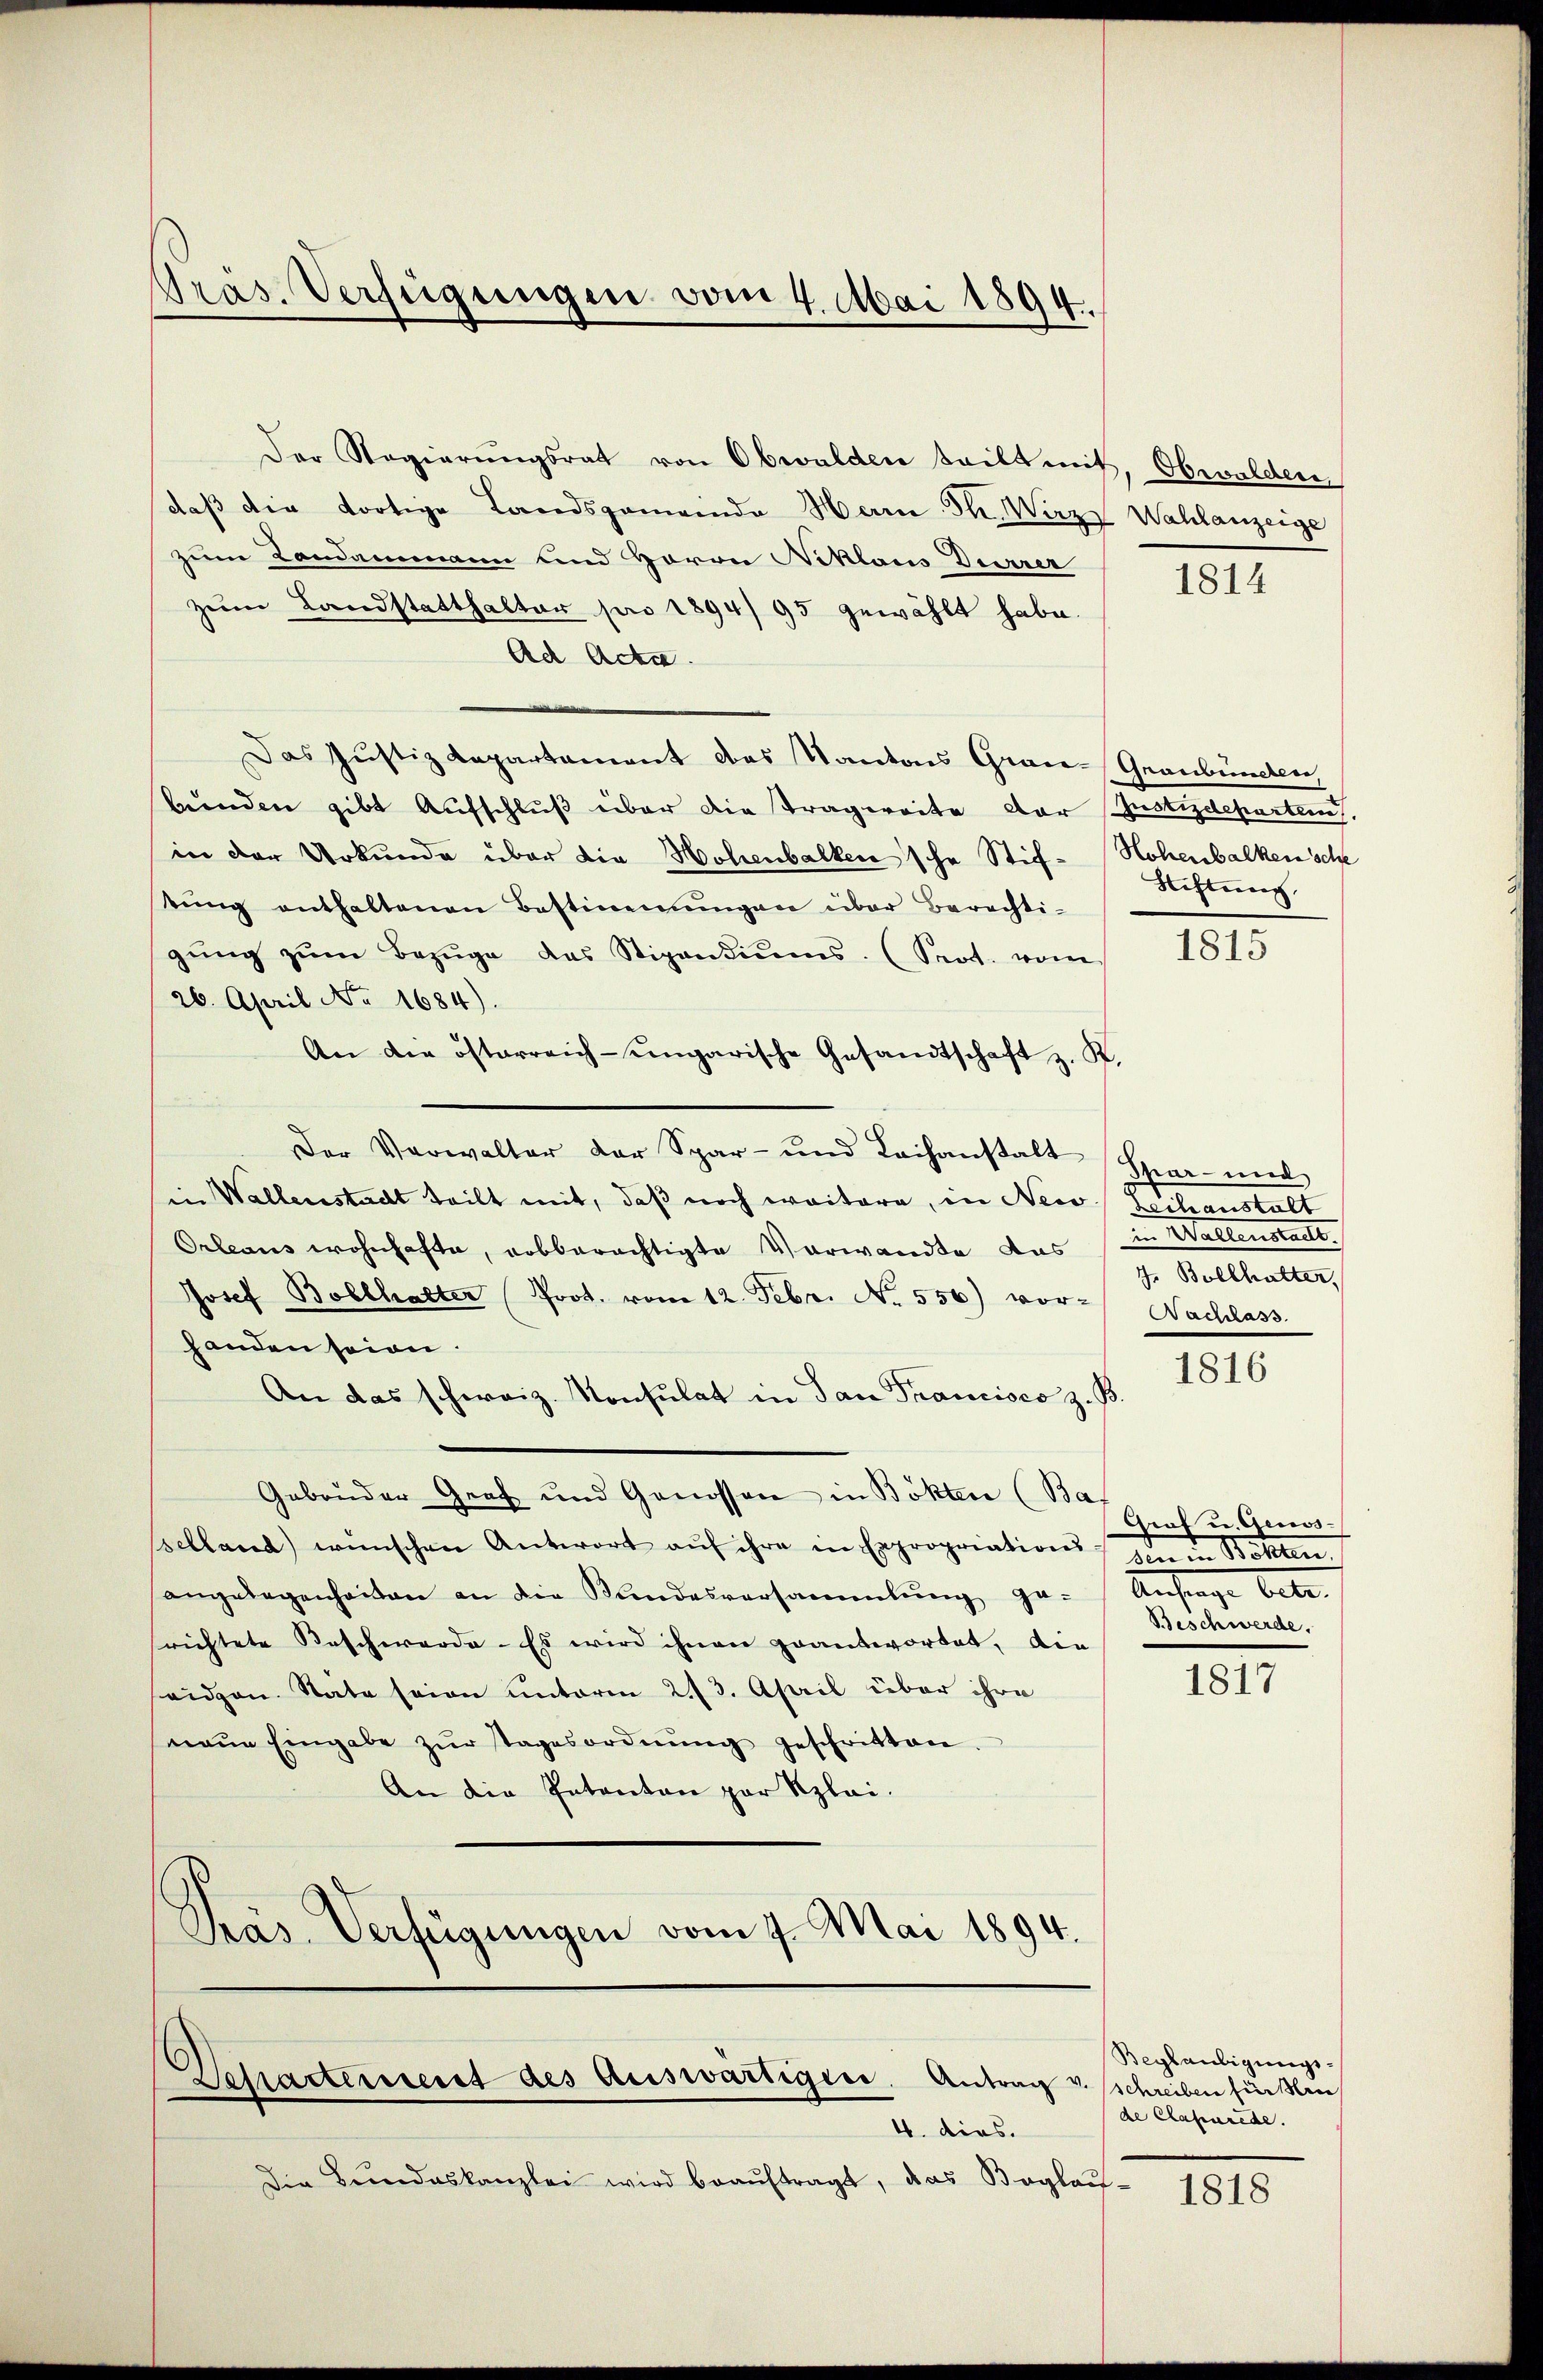
Pras. Verfügungen vom 4. Mai 1894.

Der Regierungsrat von Obwalden teilt mit, Obwalden
daß die dortige Landsgemeinde Herre Th. Wurze Wahlanzeige
zum Landammann und Herrn Niklaus Durrer
zum Landstatthalter pro 1894/95 gewählt habe.
Ad Acta.
Das Justiz Rapartament das Kantons Grau-Graubünden,
bunden gibt Aufschluß über die Tragweite der Justizdeparten.
in der Urkunde über die Hohenbalken sche Stif- Hohenbalken sche
tŭng enthaltenen Bestimmungen über Berechti-
gŭng zŭm Bezüge das Stipendiŭms. (Seot. vom
26. April No 1684).
An die österreich-ungarische Gesandtschaft z. K.
Der Verwalter der Spar- und Leihanstalt (Spar- und
in Wallenstadt teilt mit, daß noch weitere, in New Zechanstalt
Orleaus wohnhafte, erbberechtigte Vorwandte das z. Bollhalter,
Josef Bollhalter Prot. vom 12. Febr. No. 556) vor-
handen seien.
An das schweiz. Konsulat in San Francisco z. B.
Gebrüder Graf und Genossen in Bökten (Ba
pelland) wünschen Antwort aŭf ihre in Expropriations Bekan
angelegenheiten an die Kundesversammlung ge- Anfrage betr.
srichtete Beschwerde. Es wird ihnen geantwortet, die
ridgen. State seien unterm 23. April über ihre
maŭe Eingabe zŭr Tagesordnŭng geschritten.
An die Intenten par Kzlai.
Präs. Verfügungen vom 7. Mai 1894.

Desacterient des Auswärtigen. Antrag v. schreiben Füßli
4. dies.

Die Bŭndeskanzlei wird beaŭftragt, das Beglau¬

1814

Stiftung,

1815

Nachlass

1816

Arot u. Genos¬
Beschwerde.

1817

Beglaubigungsde Classurede.

1818